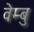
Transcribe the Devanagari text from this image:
वेम्बु